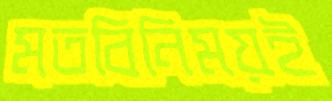
মতবিনিময়ই